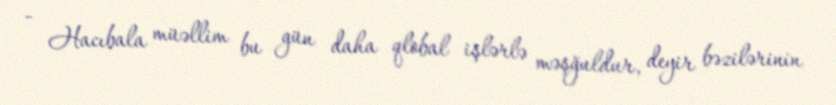
- Hacıbala müəllim bu gün daha qlobal işlərlə məşğuldur, deyir bəzilərinin